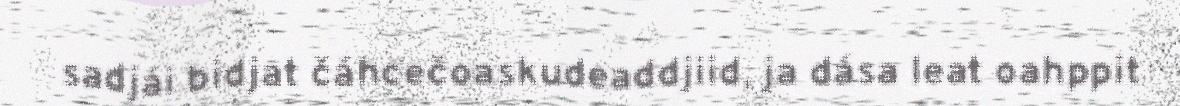
sadjái bidjat čáhcečoaskudeaddjiid, ja dása leat oahppit